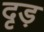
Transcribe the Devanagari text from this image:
दृड़